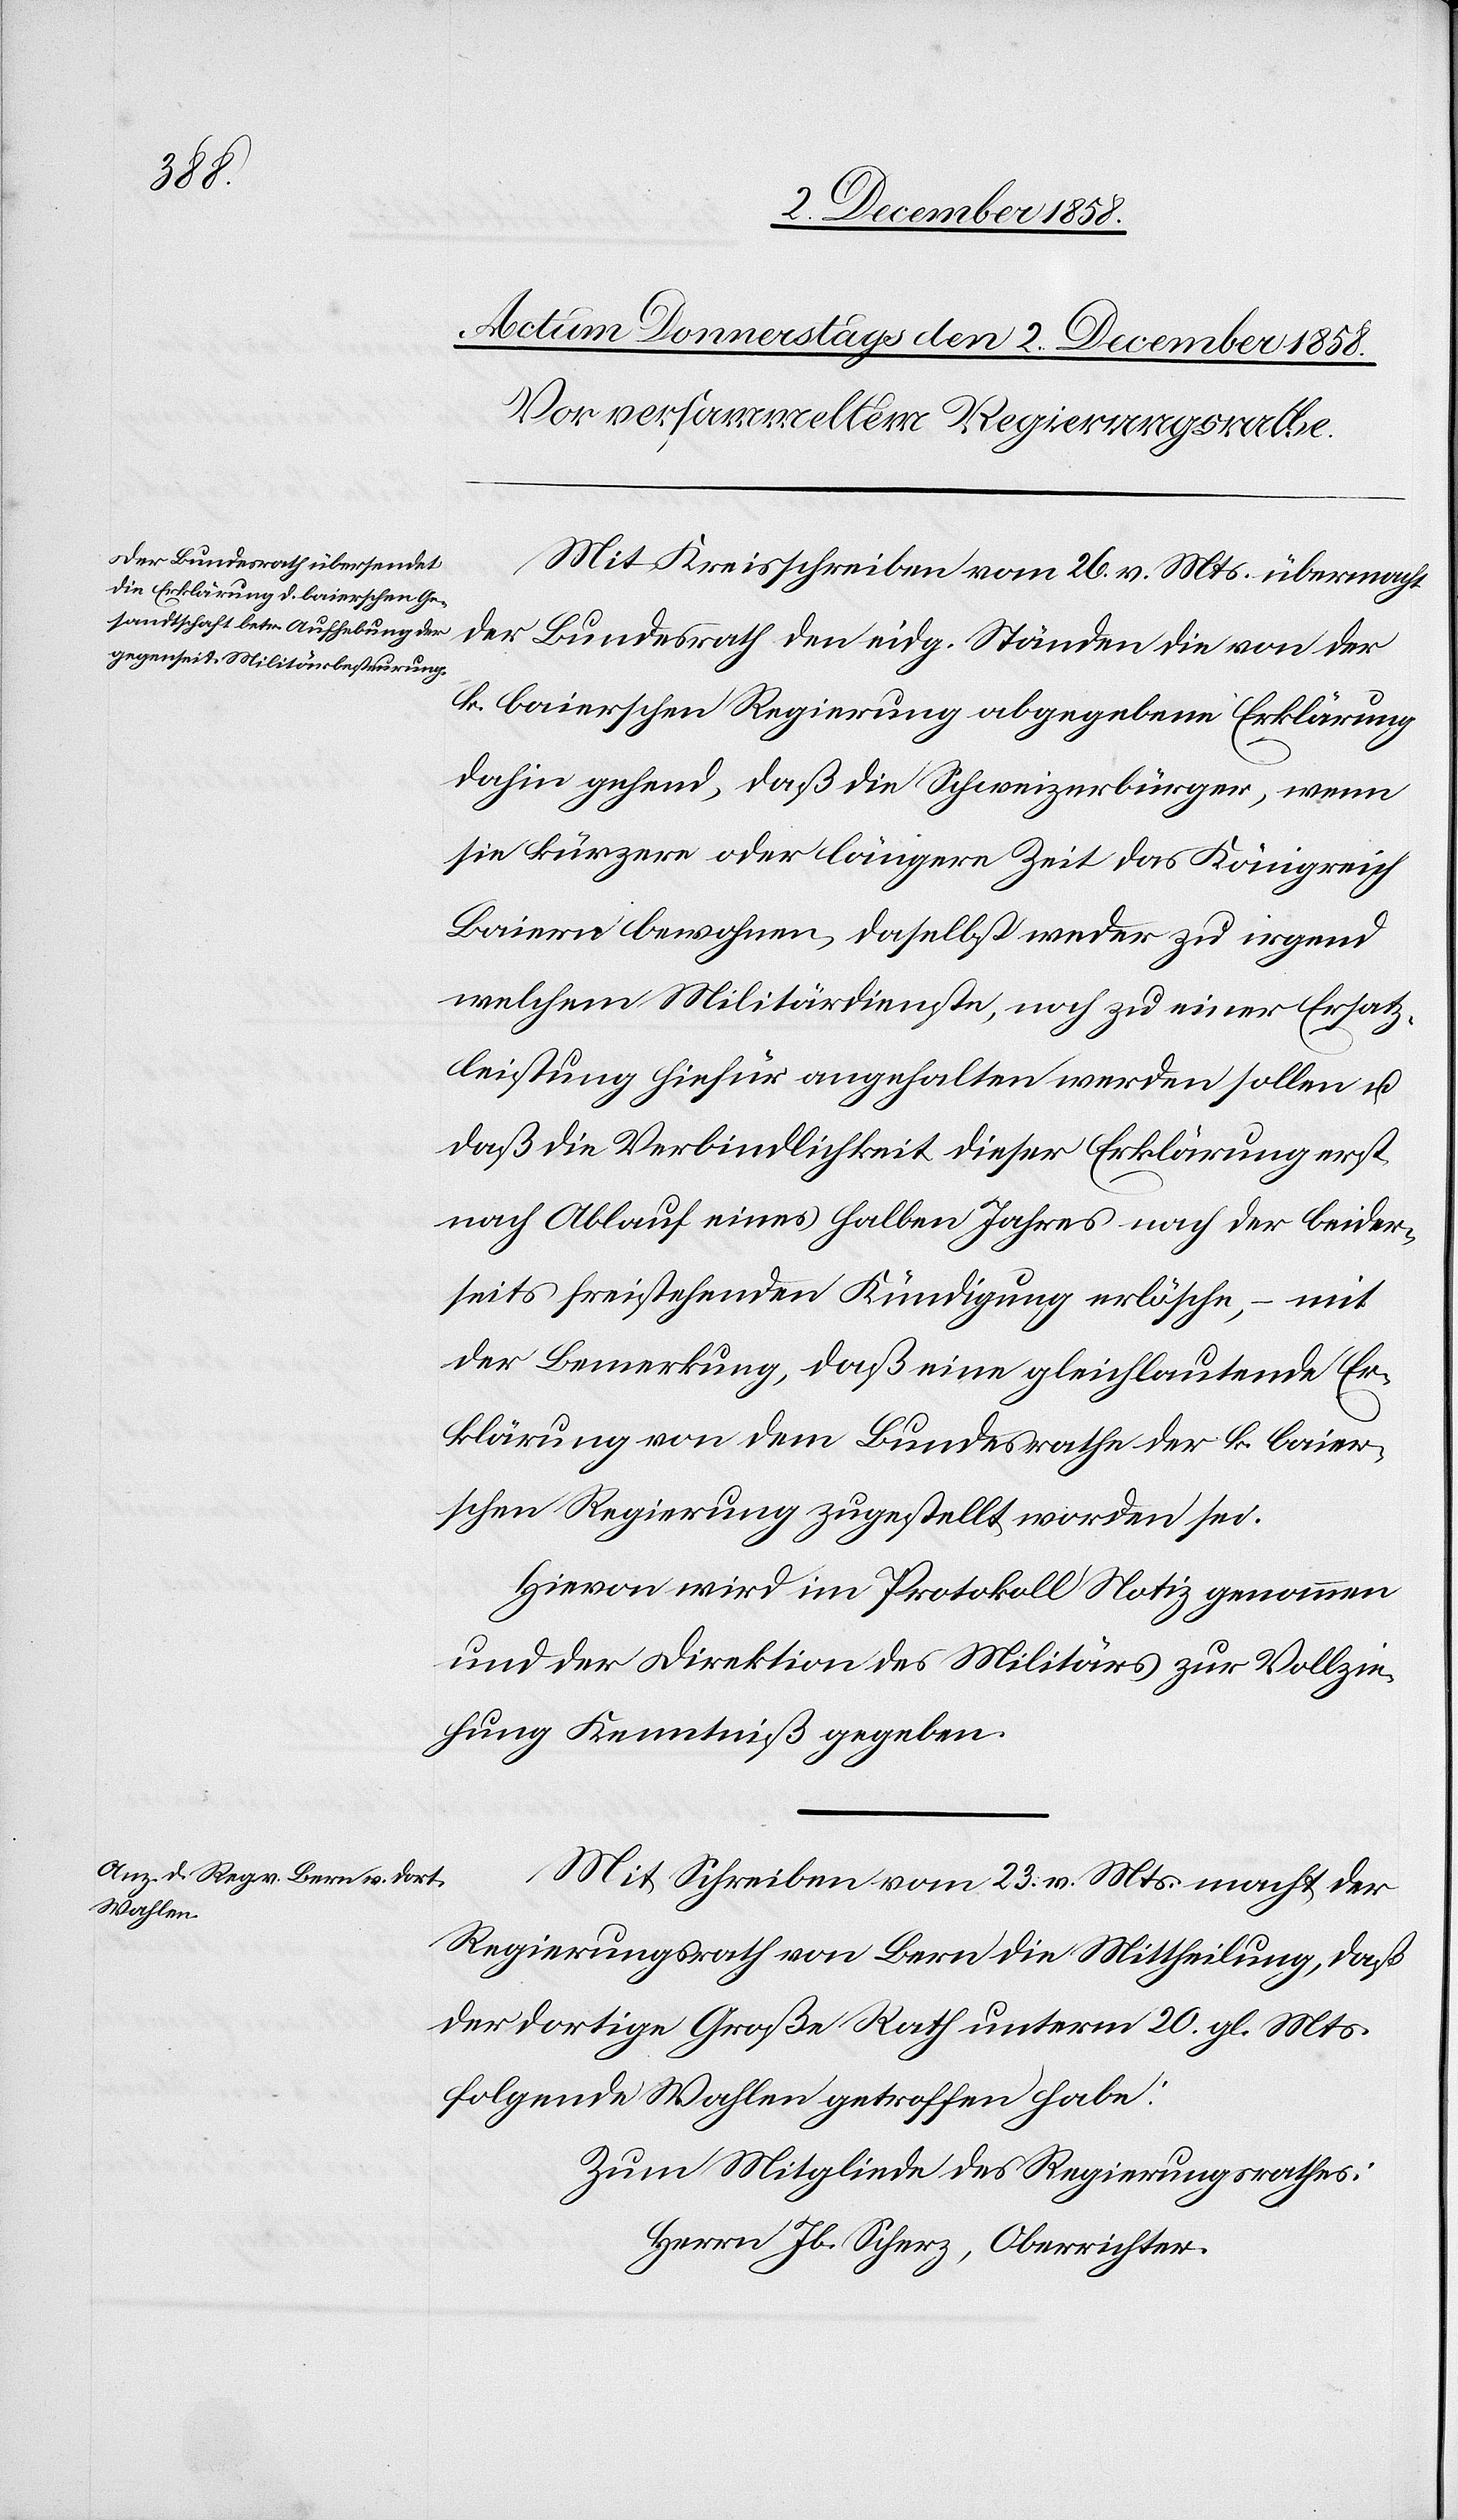
Mit Kreisschreiben vom 26. v. Mts. übermacht
der Bundesrath den eidg. Ständen die von der
k. baierschen Regierung abgegebene Erklärung
dahin gehend, daß die Schweizerbürger, wenn
sie kürzere oder längere Zeit das Königreich
Baiern bewohnen, daselbst weder zu irgend
welchem Militärdienste, noch zu einer Ersatz¬
leistung hiefür angehalten werden sollen u.
daß die Verbindlichkeit dieser Erklärung erst
nach Ablauf eines halben Jahres nach der beider¬
seits freistehenden Kündigung erlösche, – mit
der Bemerkung, daß eine gleichlautende Er¬
klärung von dem Bundesrathe der k. baier¬
schen Regierung zugestellt worden sei.
Hievon wird im Protokoll Notiz genommen
und der Direktion des Militärs zur Vollzie¬
hung Kenntniß gegeben.
Mit Schreiben vom 23. v. Mts. macht der
Regierungsrath von Bern die Mittheilung, daß
der dortige Große Rath unterm 20. gl. Mts.
folgende Wahlen getroffen habe:
Zum Mitgliede des Regierungsrathes:
Herrn Jb. Scherz, Oberrichter.